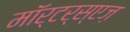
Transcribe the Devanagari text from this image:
माॅर्टर्स्एज़